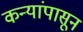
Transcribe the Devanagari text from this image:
कन्यांपासून